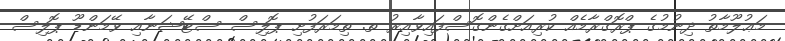
މަޢުލޫމާތު ދިނުމުގެ ޕްރޮގްރާމެއް ކުރިއަށްގެންގޮސްފައިވާއިރު ތ. ތިމަރަފުށި ޕޮލިސް ސްޓޭޝަނާއި ވޭމަންޑޫ ޕޮލިސް